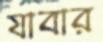
যাবার